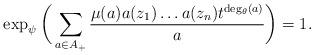
LaTeX: \begin{align*}\exp_{\psi}\bigg(\sum\limits_{a\in A_{+}}\frac{\mu(a)a(z_1)\dots a(z_n)t^{\deg_{\theta}(a)}}{a}\bigg)=1.\end{align*}